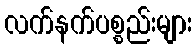
လက်နက်ပစ္စည်းများ